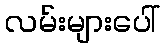
လမ်းများပေါ်